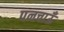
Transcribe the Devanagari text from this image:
पनचाऊँ